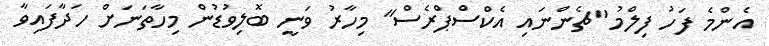
އެންމެ ފަހު ފިލްމު "ޗެންނައި އެކްސްޕްރެސް" މިހާރު ވަނީ ބޮލިވުޑުން މިހާތަނަށް ހަދާފައިވާ